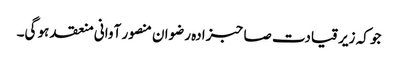
جو کہ زیر قیادت صاحبزادہ رضوان منصور آوانی منعقد ہو گی۔